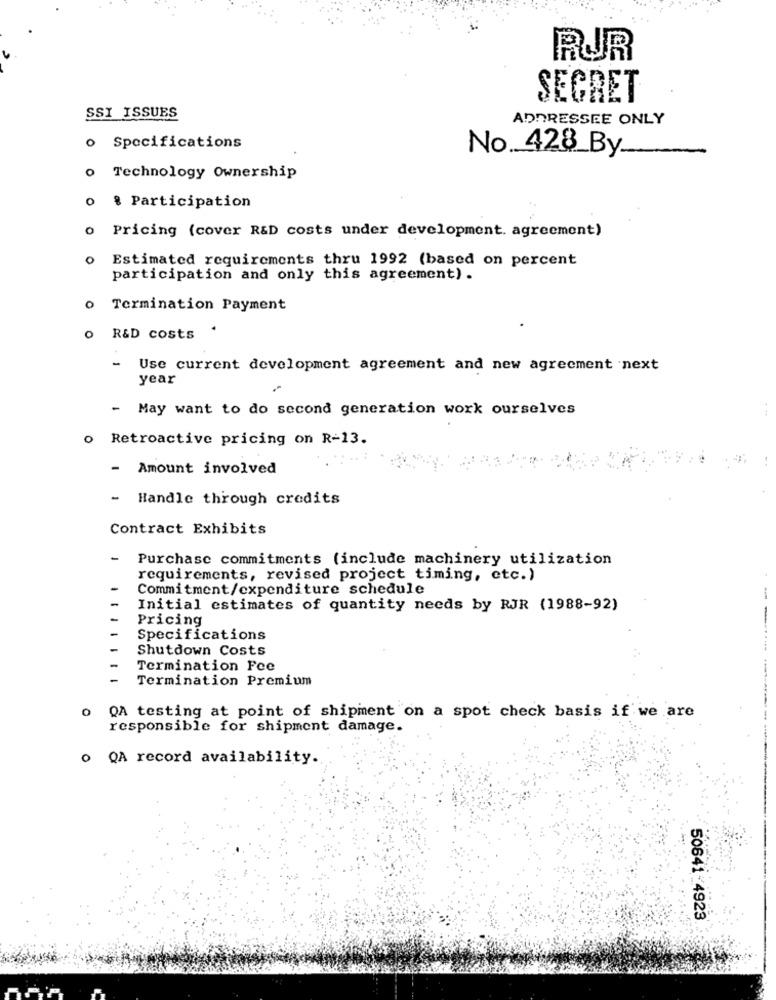
RUR
SEGRET
SSI ISSUES
ADDRESSEE ONLY
o Specifications
No.428_By _____
o Technology Ownership
o % Participation
o Pricing (cover R&D costs under development. agreement)
0
Estimated requirements thru 1992 (based on percent
participation and only this agreement) .
o Termination Payment
R&D costs
-
Use current development agreement and new agreement next
year
May want to do second generation work ourselves
o Retroactive pricing on R-13.
Amount involved
- Handle through credits
Contract Exhibits
-
Purchase commitments (include machinery utilization
requirements, revised project timing, etc.)
Commitment/expenditure schedule
--
Initial estimates of quantity needs by RJR (1988-92)
Pricing
Specifications
Shutdown Costs
Termination Fee
Termination Premium
O
QA testing at point of shipment on a spot check basis if we are
responsible for shipment damage.
o QA record availability.
50641-4923